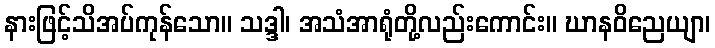
နားဖြင့်သိအပ်ကုန်သော။ သဒ္ဒါ၊ အသံအာရုံတို့လည်းကောင်း။ ဃာနဝိညေယျာ၊